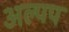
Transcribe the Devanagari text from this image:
अल्पप